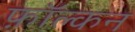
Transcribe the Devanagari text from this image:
फ़ॉल्कन